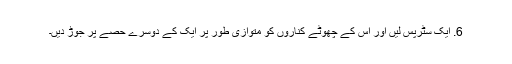
6. ایک سٹرپس لیں اور اس کے چھوٹے کناروں کو متوازی طور پر ایک کے دوسرے حصے پر جوڑ دیں۔